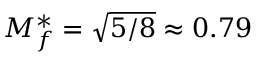
M _ { f } ^ { \ast } = \sqrt { 5 / 8 } \approx 0 . 7 9